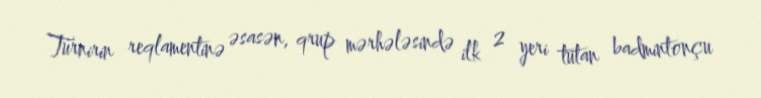
Turnirin reqlamentinə əsasən, qrup mərhələsində ilk 2 yeri tutan badmintonçu